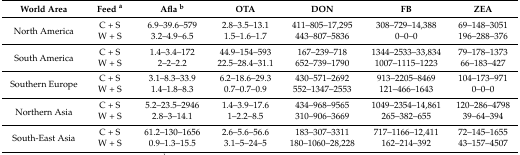
<table><thead><tr><td><b>World Area</b></td><td><b>Feed <sup>a</sup></b></td><td><b>Afla <sup>b</sup></b></td><td><b>OTA</b></td><td><b>DON</b></td><td><b>FB</b></td><td><b>ZEA</b></td></tr></thead><tbody><tr><td rowspan="2">North America</td><td>C + S</td><td>6.9–39.6–579</td><td>2.8–3.5–13.1</td><td>411–805–17,295</td><td>308–729–14,388</td><td>69–148–3051</td></tr><tr><td>W + S</td><td>3.2–4.9–6.5</td><td>1.5–1.6–1.7</td><td>443–807–5836</td><td>0–0–0</td><td>196–288–376</td></tr><tr><td rowspan="2">South America</td><td>C + S</td><td>1.4–3.4–172</td><td>44.9–154–593</td><td>167–239–718</td><td>1344–2533–33,834</td><td>79–178–1373</td></tr><tr><td>W + S</td><td>2–2–2.2</td><td>22.5–28.4–31.1</td><td>652–739–1790</td><td>1007–1115–1223</td><td>66–183–427</td></tr><tr><td rowspan="2">Southern Europe</td><td>C + S</td><td>3.1–8.3–33.9</td><td>6.2–18.6–29.3</td><td>430–571–2692</td><td>913–2205–8469</td><td>104–173–971</td></tr><tr><td>W + S</td><td>1.4–1.8–8.3</td><td>0.7–0.7–0.9</td><td>552–1347–2553</td><td>121–466–1643</td><td>0–0–0</td></tr><tr><td rowspan="2">Northern Asia</td><td>C + S</td><td>5.2–23.5–2946</td><td>1.4–3.9–17.6</td><td>434–968–9565</td><td>1049–2354–14,861</td><td>120–286–4798</td></tr><tr><td>W + S</td><td>2.8–3–14.1</td><td>1–2.2–8.5</td><td>310–906–3669</td><td>265–382–655</td><td>39–64–394</td></tr><tr><td rowspan="2">South-East Asia</td><td>C + S</td><td>61.2–130–1656</td><td>2.6–5.6–56.6</td><td>183–307–3311</td><td>717–1166–12,411</td><td>72–145–1655</td></tr><tr><td>W + S</td><td>0.9–1.3–15.5</td><td>3.1–5–24–5</td><td>180–1060–28,228</td><td>162–214–392</td><td>43–157–4507</td></tr></tbody></table>